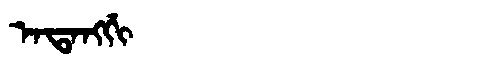
Manchu: ᠠᡨᠠᠩᡤᡳ
Romanization: ATANGGI